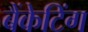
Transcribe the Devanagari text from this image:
बैंकेटिंग